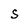
Character: s